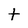
Character: t